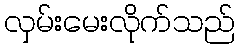
လှမ်းမေးလိုက်သည်